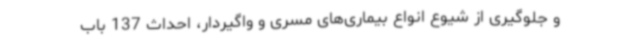
و جلوگیری از شیوع انواع بیماری‌های مسری و واگیردار، احداث 137 باب